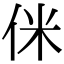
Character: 侎